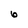
Character: 6